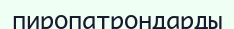
пиропатрондарды